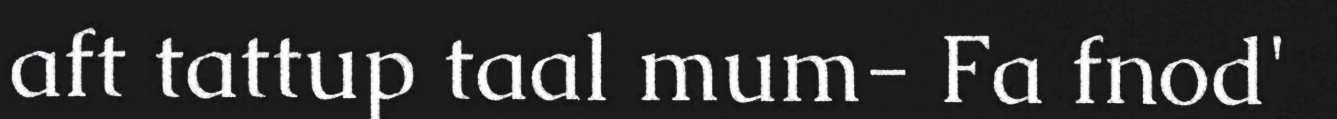
aft tattup taal mum- Fa fnod'